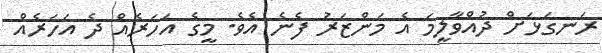
ރަނގަޅަށް ދުއްވާލީމަ އެ މަންޒަރު ފެނެ އެވެ. މީގެ އަހަރެއް ދެ އަހަރެއް